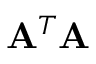
\mathbf { A } ^ { T } \mathbf { A }